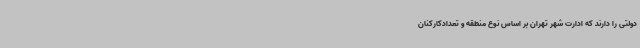
دولتی را دارند که ادارت شهر تهران بر اساس نوع منطقه و تعدادکارکنان